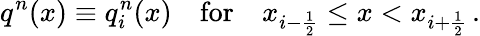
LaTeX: q^{n}(x)\equiv q_{i}^{n}(x)\quad\mathrm{for}\quad x_{i-\frac{1}{2}}\leq x<x_{i+\frac{1}{2}}\, .